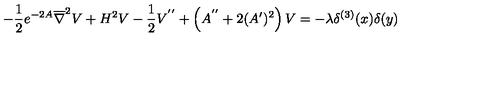
- \frac { 1 } { 2 } e ^ { - 2 A } \overline { { \nabla } } ^ { 2 } V + H ^ { 2 } V - \frac { 1 } { 2 } V ^ { ' ^ { \prime } } + \left( A ^ { ' ^ { \prime } } + 2 ( A ^ { \prime } ) ^ { 2 } \right) V = - \lambda \delta ^ { ( 3 ) } ( x ) \delta ( y )